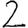
Digit: 2